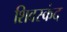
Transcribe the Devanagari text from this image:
शिवस्कंद